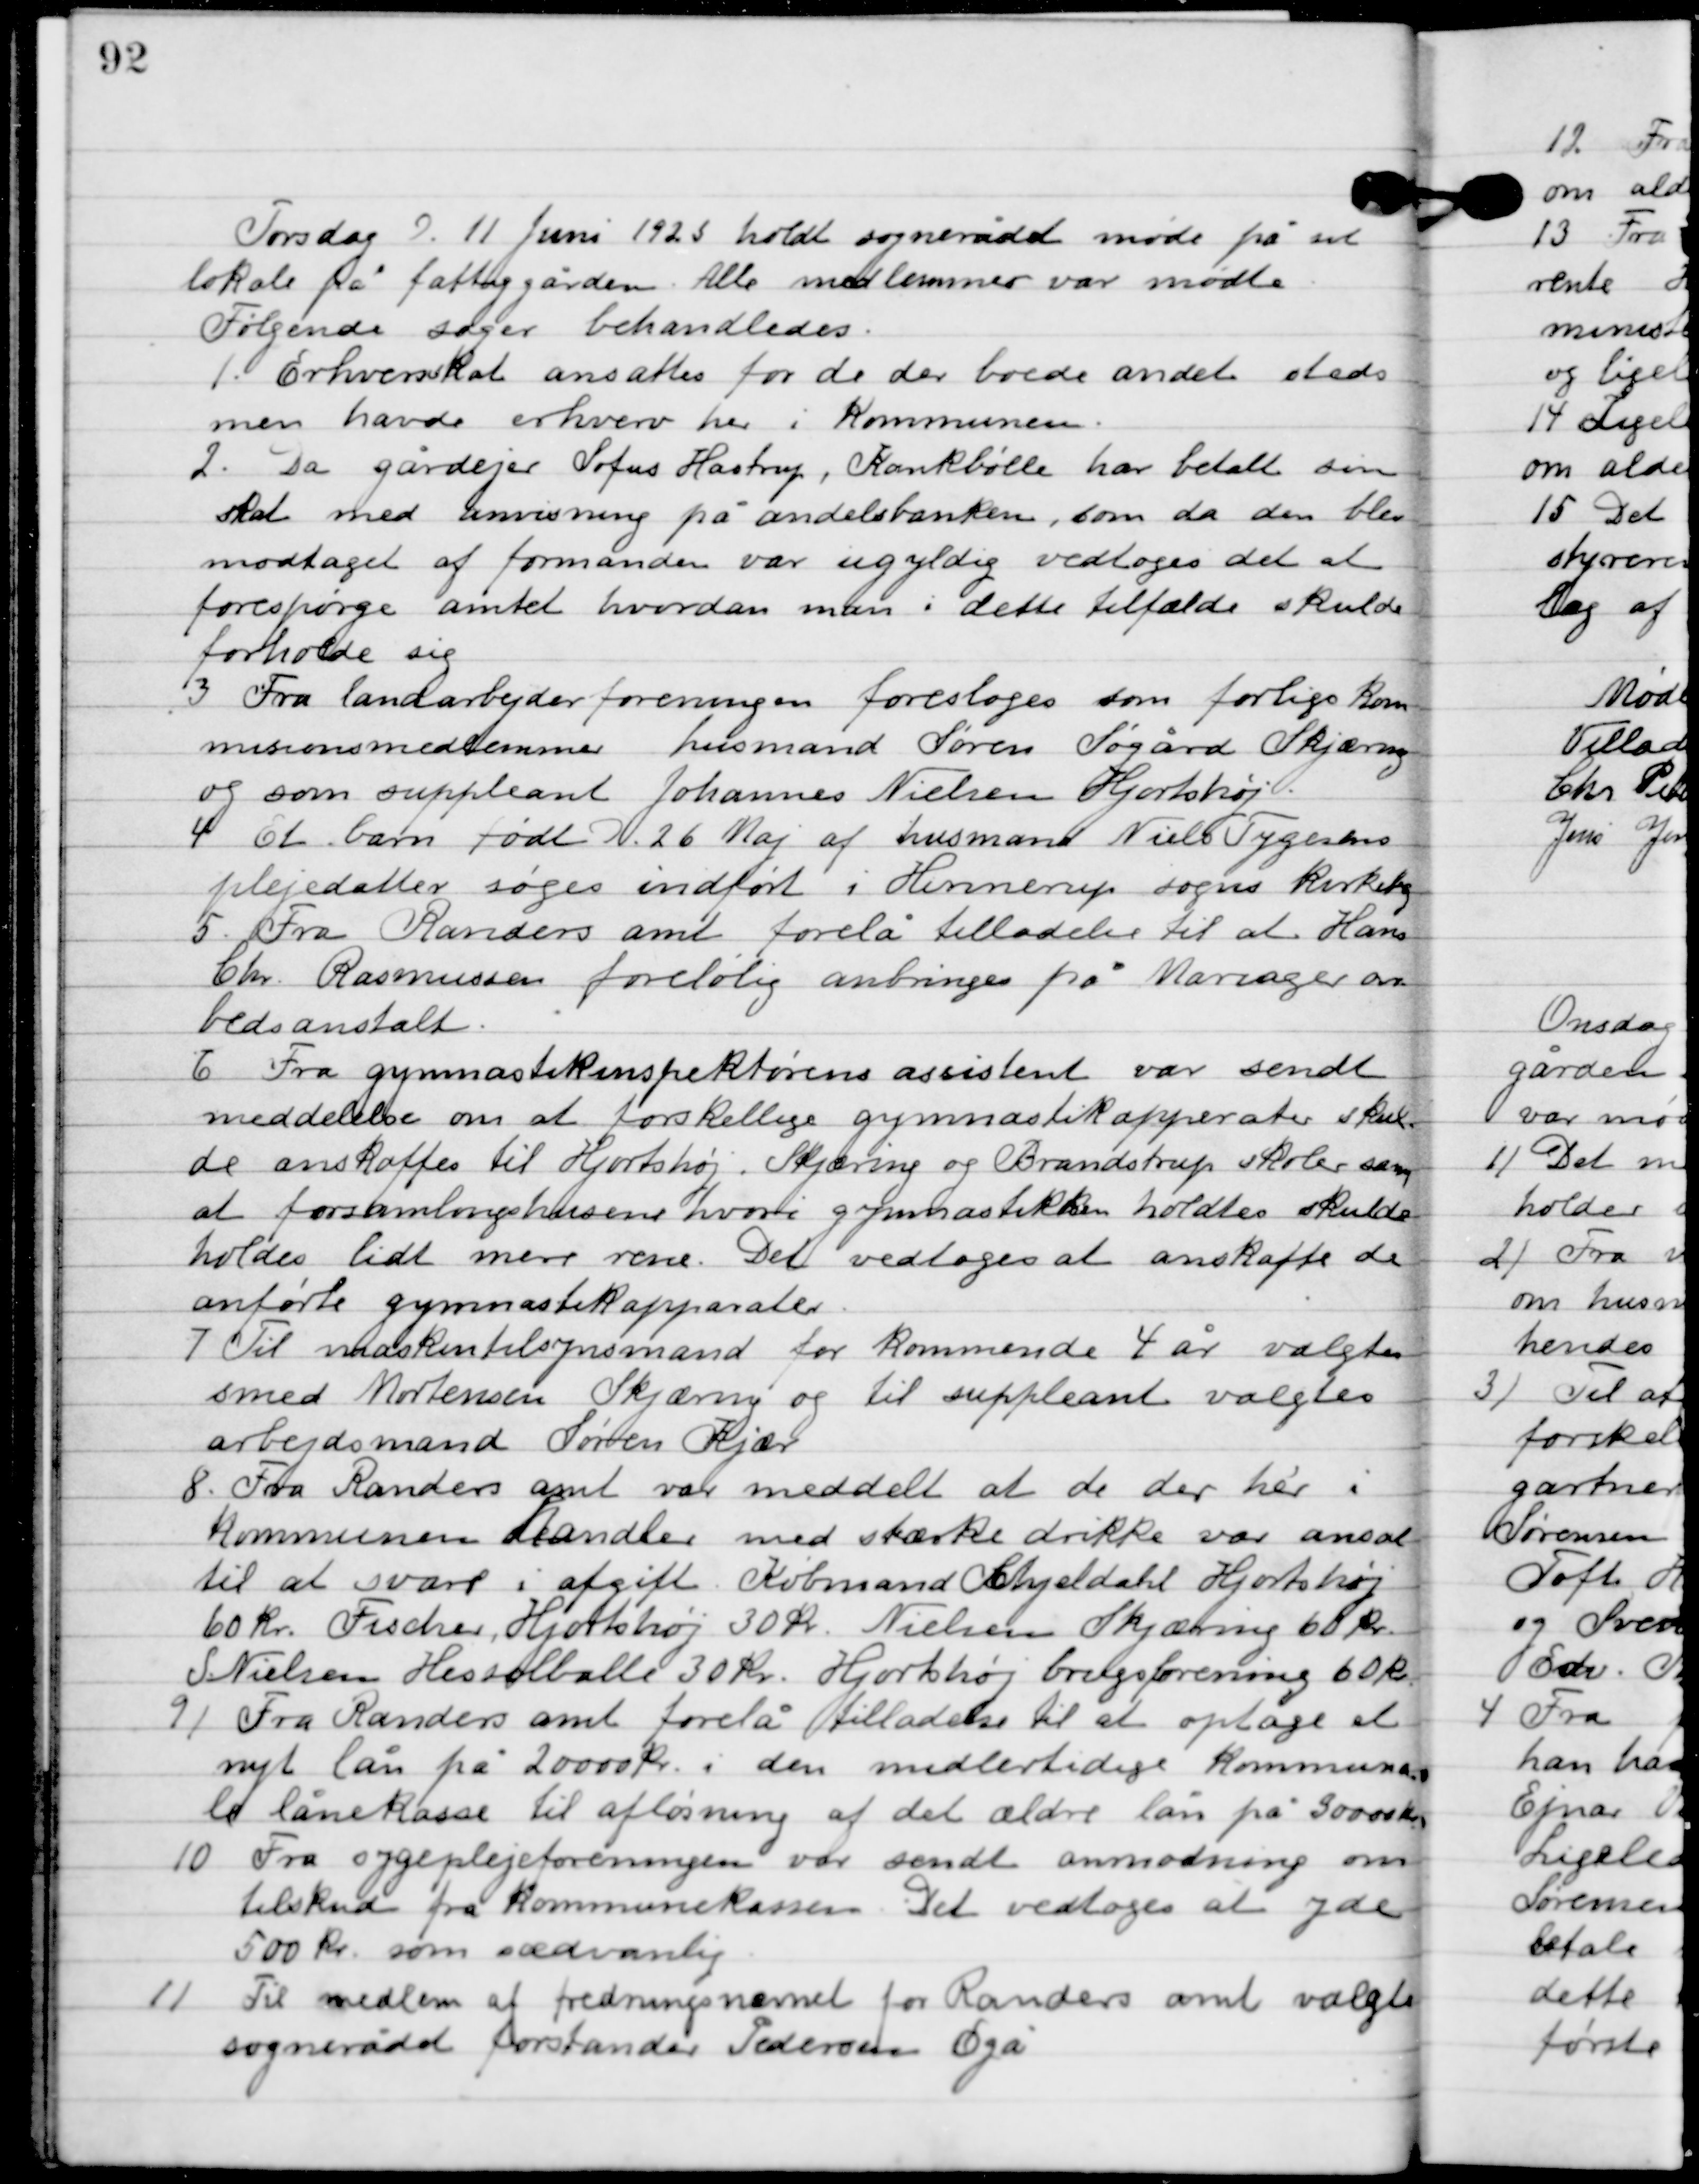
Transskription:
Torsdag D. 11 juni 1925 holdt sognerådet møde på sit
 lokale på fattiggården. Alle medlemmer var mødte.
Følgende sager behandledes.

1

Erhvervsskat ansattes for de der boede andet steds
men havde erhverv her i kommunen.

2

Da gårdejer Sofus Hastrup, Kankbølle har betalt sin
skat med anvisning på andelsbanken, som da den blev
modtaget af formanden var ugyldig vedtoges det at
forespørge amtet hvordan man i dette tilfælde skulde
forholde sig.

3

Fra landarbejderforeningen foresloges som forlige kom-
missionsmedlemmer husmand Søren Søgård Skjæring
og som suppleant Johannes Nielssen Hjortshøj.

4

Et barn født D. 26 Maj af husmand Niels Tygesens
plejedatter søges indført i Hinnerup sogns kirkebog.

5

Fra Randers amt forelå tilladelse til at Hans
Chr. Rasmussen foreløbig anbringes på Mariager ar-
bejdsanstalt.

6

Fra gymnastikinspektørens assistent var sendt
meddelelse om at forskellige gymnastikapparater skul-
de anskaffes til Hjortshøj, Skjæring og Brandstrup skoler som
at forsamlingshusene hvori gymnastikken holdtes skulde
holdes lidt mere rene. Det vedtoges at anskaffe de
anførte gymnastikapparater.

7

Til maskintilsynsmand for kommende 4 år valgtes
smed Mortensen Skjæring og til suppleant valgtes
arbejdsmand Søren Kjær.

8

Fra Randers amt var meddelt at de der her i
kommunen handler med stærke drikke var ansat
til at svare i afgift Købmand Schjeldahl Hjortshøj
60 kr., Fischer, Hjortshøj 30 kr., Nielsen Skjæring 60 kr.,
S. Nielsen Hesselballe 30 kr. Hjortshøj brugsforening 60 kr.

9

Fra Randers amt forelå tilladelse til at optage et
nyt lån på 20.000 kr. i den midlertidige kommuna-
le lånekasse til afløsning af det ældre lån på 30.000 kr.

10

Fra sygeplejeforeningen var sendt anmodning om
tilskud fra kommunekassen. Det vedtoges at yde
500 kr. som sædvanlig.

11

Til medlem af fredningsnævnet for Randers amt valgtes
sogneråd forstander Pedersen Egå.